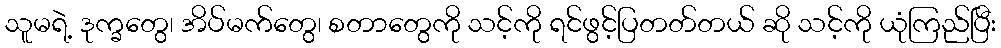
သူမရဲ့ ဒုက္ခတွေ၊ အိပ်မက်တွေ၊ စတာတွေကို သင့်ကို ရင်ဖွင့်ပြတတ်တယ် ဆို သင့်ကို ယုံကြည်ပြီး